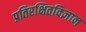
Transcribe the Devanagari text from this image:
प्रतिरक्षितविज्ञान